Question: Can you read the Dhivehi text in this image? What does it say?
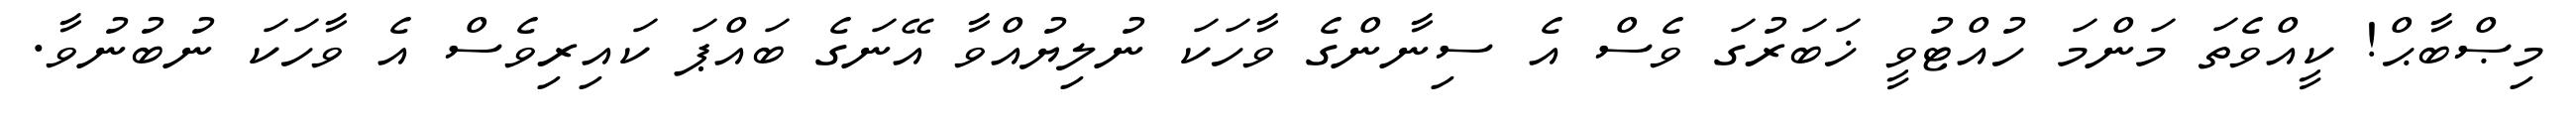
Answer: މިޞްބާޙް! ކީއްވެތަ މަންމަ ހުއްޓުވީ ޚަބަރުގަ ވެސް އެ ސިނާންގެ ވާހަކަ ނުލިޔުއްވާ އޭނަގެ ބައްޕަ ކައިރިވެސް އެ ވާހަކަ ނުބުނުވާ.